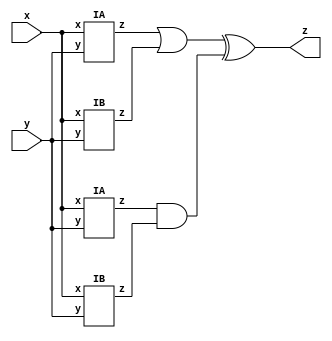
module top_module (input x, input y, output z);
    
    wire[3:0] z_i;
    wire top, bottom;

    IA oneA ( .x(x), .y(y), .z(z_i[3]) );
    IB oneB ( .x(x), .y(y), .z(z_i[2]) );
    IA twoA ( .x(x), .y(y), .z(z_i[1]) );
    IB twoB ( .x(x), .y(y), .z(z_i[0]) );
    
    assign top = z_i[3] | z_i[2];
    assign bottom = z_i[1] & z_i[0];
    assign z = top ^ bottom; 
    
endmodule

module IA (input x, input y, output z);
    assign z = ( x ^ y ) & x;
endmodule

module IB ( input x, input y, output z );
    assign z = ~(x ^ y);
endmodule